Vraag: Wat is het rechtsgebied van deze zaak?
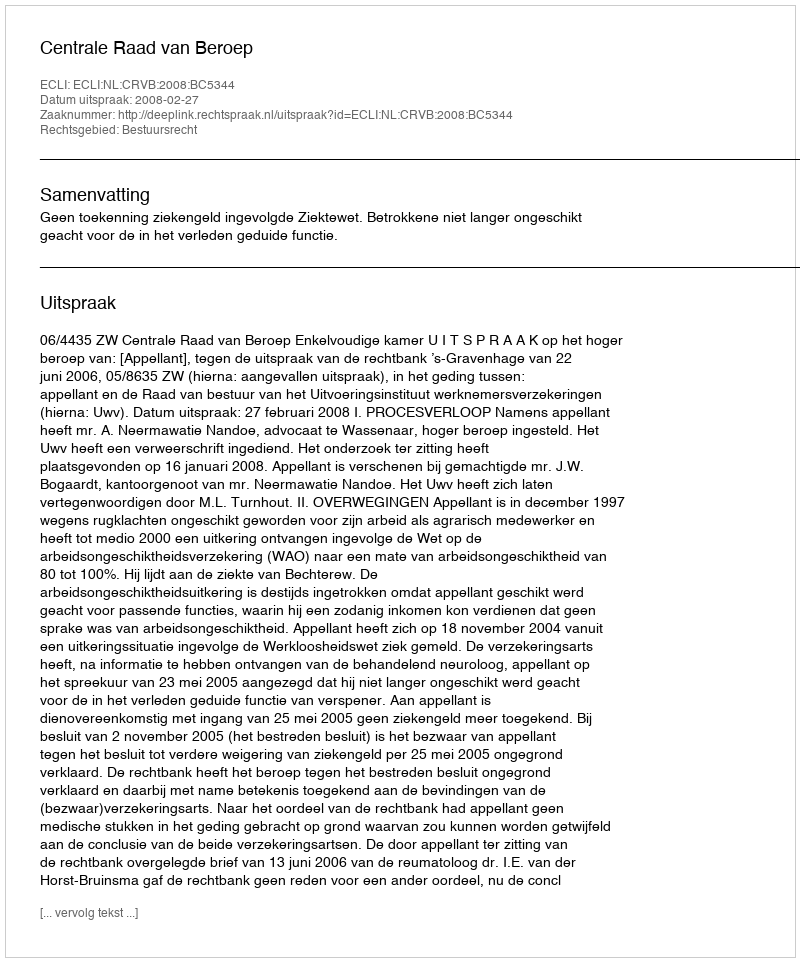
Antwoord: Bestuursrecht